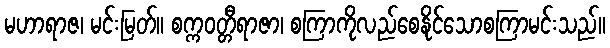
မဟာရာဇ၊ မင်းမြတ်။ စက္ကဝတ္တီရာဇာ၊ စကြာကိုလည်စေနိုင်သောစကြာမင်းသည်။